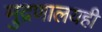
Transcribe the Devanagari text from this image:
मुद्रणालयही